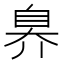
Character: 𬛬